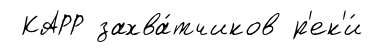
КАРР захва́тчиков р'ек'и́